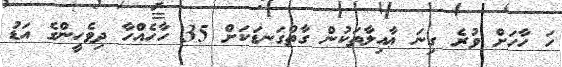
ހަ ހާހަށް ވުރެ ގިނަ ޢާއިލާތަކުން ގާތްގަނޑަކަށް 35 ހާހެއްހާ ދިވެހީންގެ އަޑު